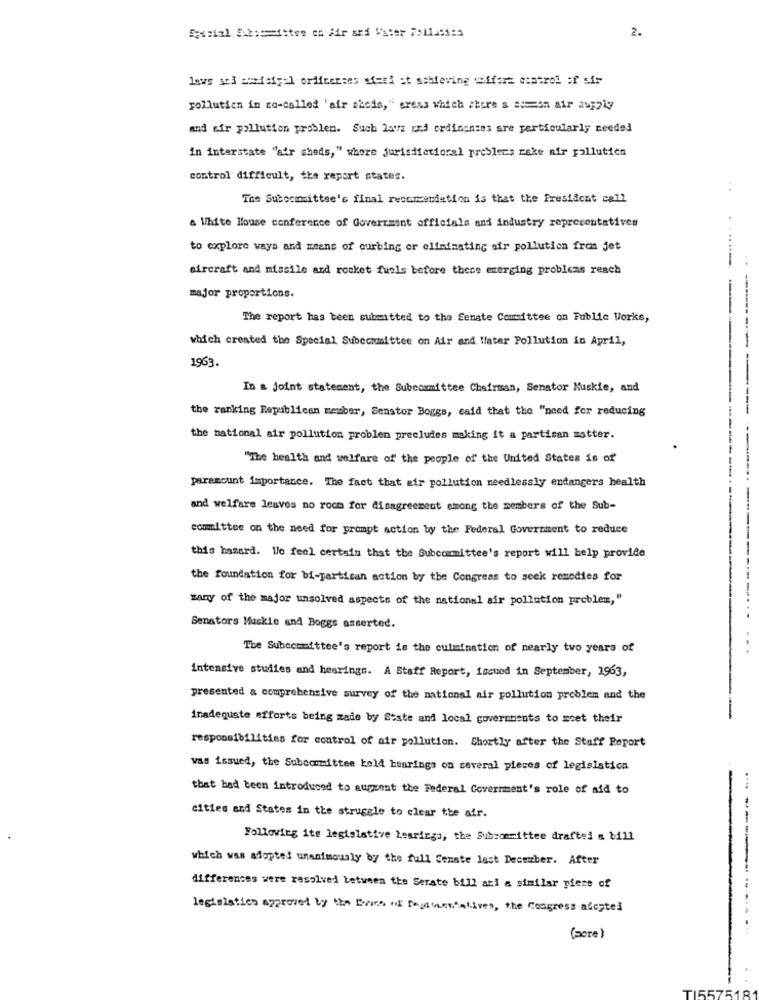
2.
laws se3 ausfety:1 ordiverses siesi at achieving :ifere control of sir
pollution in co-called 'air azcis," sress which itsre s acon air aurziy
and air pollution problem. Such love cxd crdinenses are particularly needed
in interstate "atr sheds, " whore jurisdictional problems rake air pollution
control difficult, the report states.
The Subcommittee's final reccmendetion is that the President call
a White House conference of Government officials and industry representatives
to explore ways and xtens of curbing or eliminating air pollution frem jet
aircraft and missile and rocket fuels before these emerging problems reach
major proportions.
The report has been submitted to the Senate Committee on Public Works,
which created the Special Subcommittee on Air and Water Pollution in April,
1963.
In a joint statement, the Subcommittee Chairman, Senator Muskie, and
the ranking Republican member, Senstor Boggs, caid that the "need for reducing
the national air pollution problen precludes making it a partisan matter.
"The health and welfare of the people of the United States is of
paramount importance. The fact that air pollution needlessly endangers health
and welfare leaves no room for disagreement among the members of the Sub-
committee on the need for prompt action by the Federal Government to reduce
this hasard. We feel certain that the Subcommittee's report will help provide
the foundation for bi-partisan action by the Congress to seek remedies for
zany of the major unsolved aspects of the national air pollution problem,"
Senators Muckie and Boggs asserted.
The Subecmmittee's report is the culmination of nearly two years of
intensive studies and hearings. A Staff Report, issued in September, 1963,
presented a comprehensive survey of the national air pollution problem and the
inadequate efforts being made by State and local governments to meet their
-
responsibilities for control of air pollution. Shortly after the Staff Report
was issued, the Subcommittee kold hearings on several pieces of legislation
that bad been introduced to augrent the Federal Government's role of aid to
cities and States in the struggle to clear the air.
Following ite legislative Lesrings, the Subzommittee drafted & bill
which was adopted unanimously by the full Senate last December. After
differences were resolved between the Serate bill ari a similar piece of
legislation approved by the Pairs of Dogstentatives, the Congress alcatel
(aore)